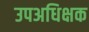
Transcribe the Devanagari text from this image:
उपअधिक्षक